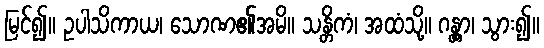
မြင်၍။ ဥပါသိကာယ၊ သောဏ၏အမိ။ သန္တိကံ၊ အထံသို့။ ဂန္တွာ၊ သွား၍။